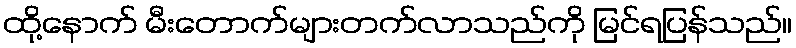
ထို့နောက် မီးတောက်များတက်လာသည်ကို မြင်ရပြန်သည်။